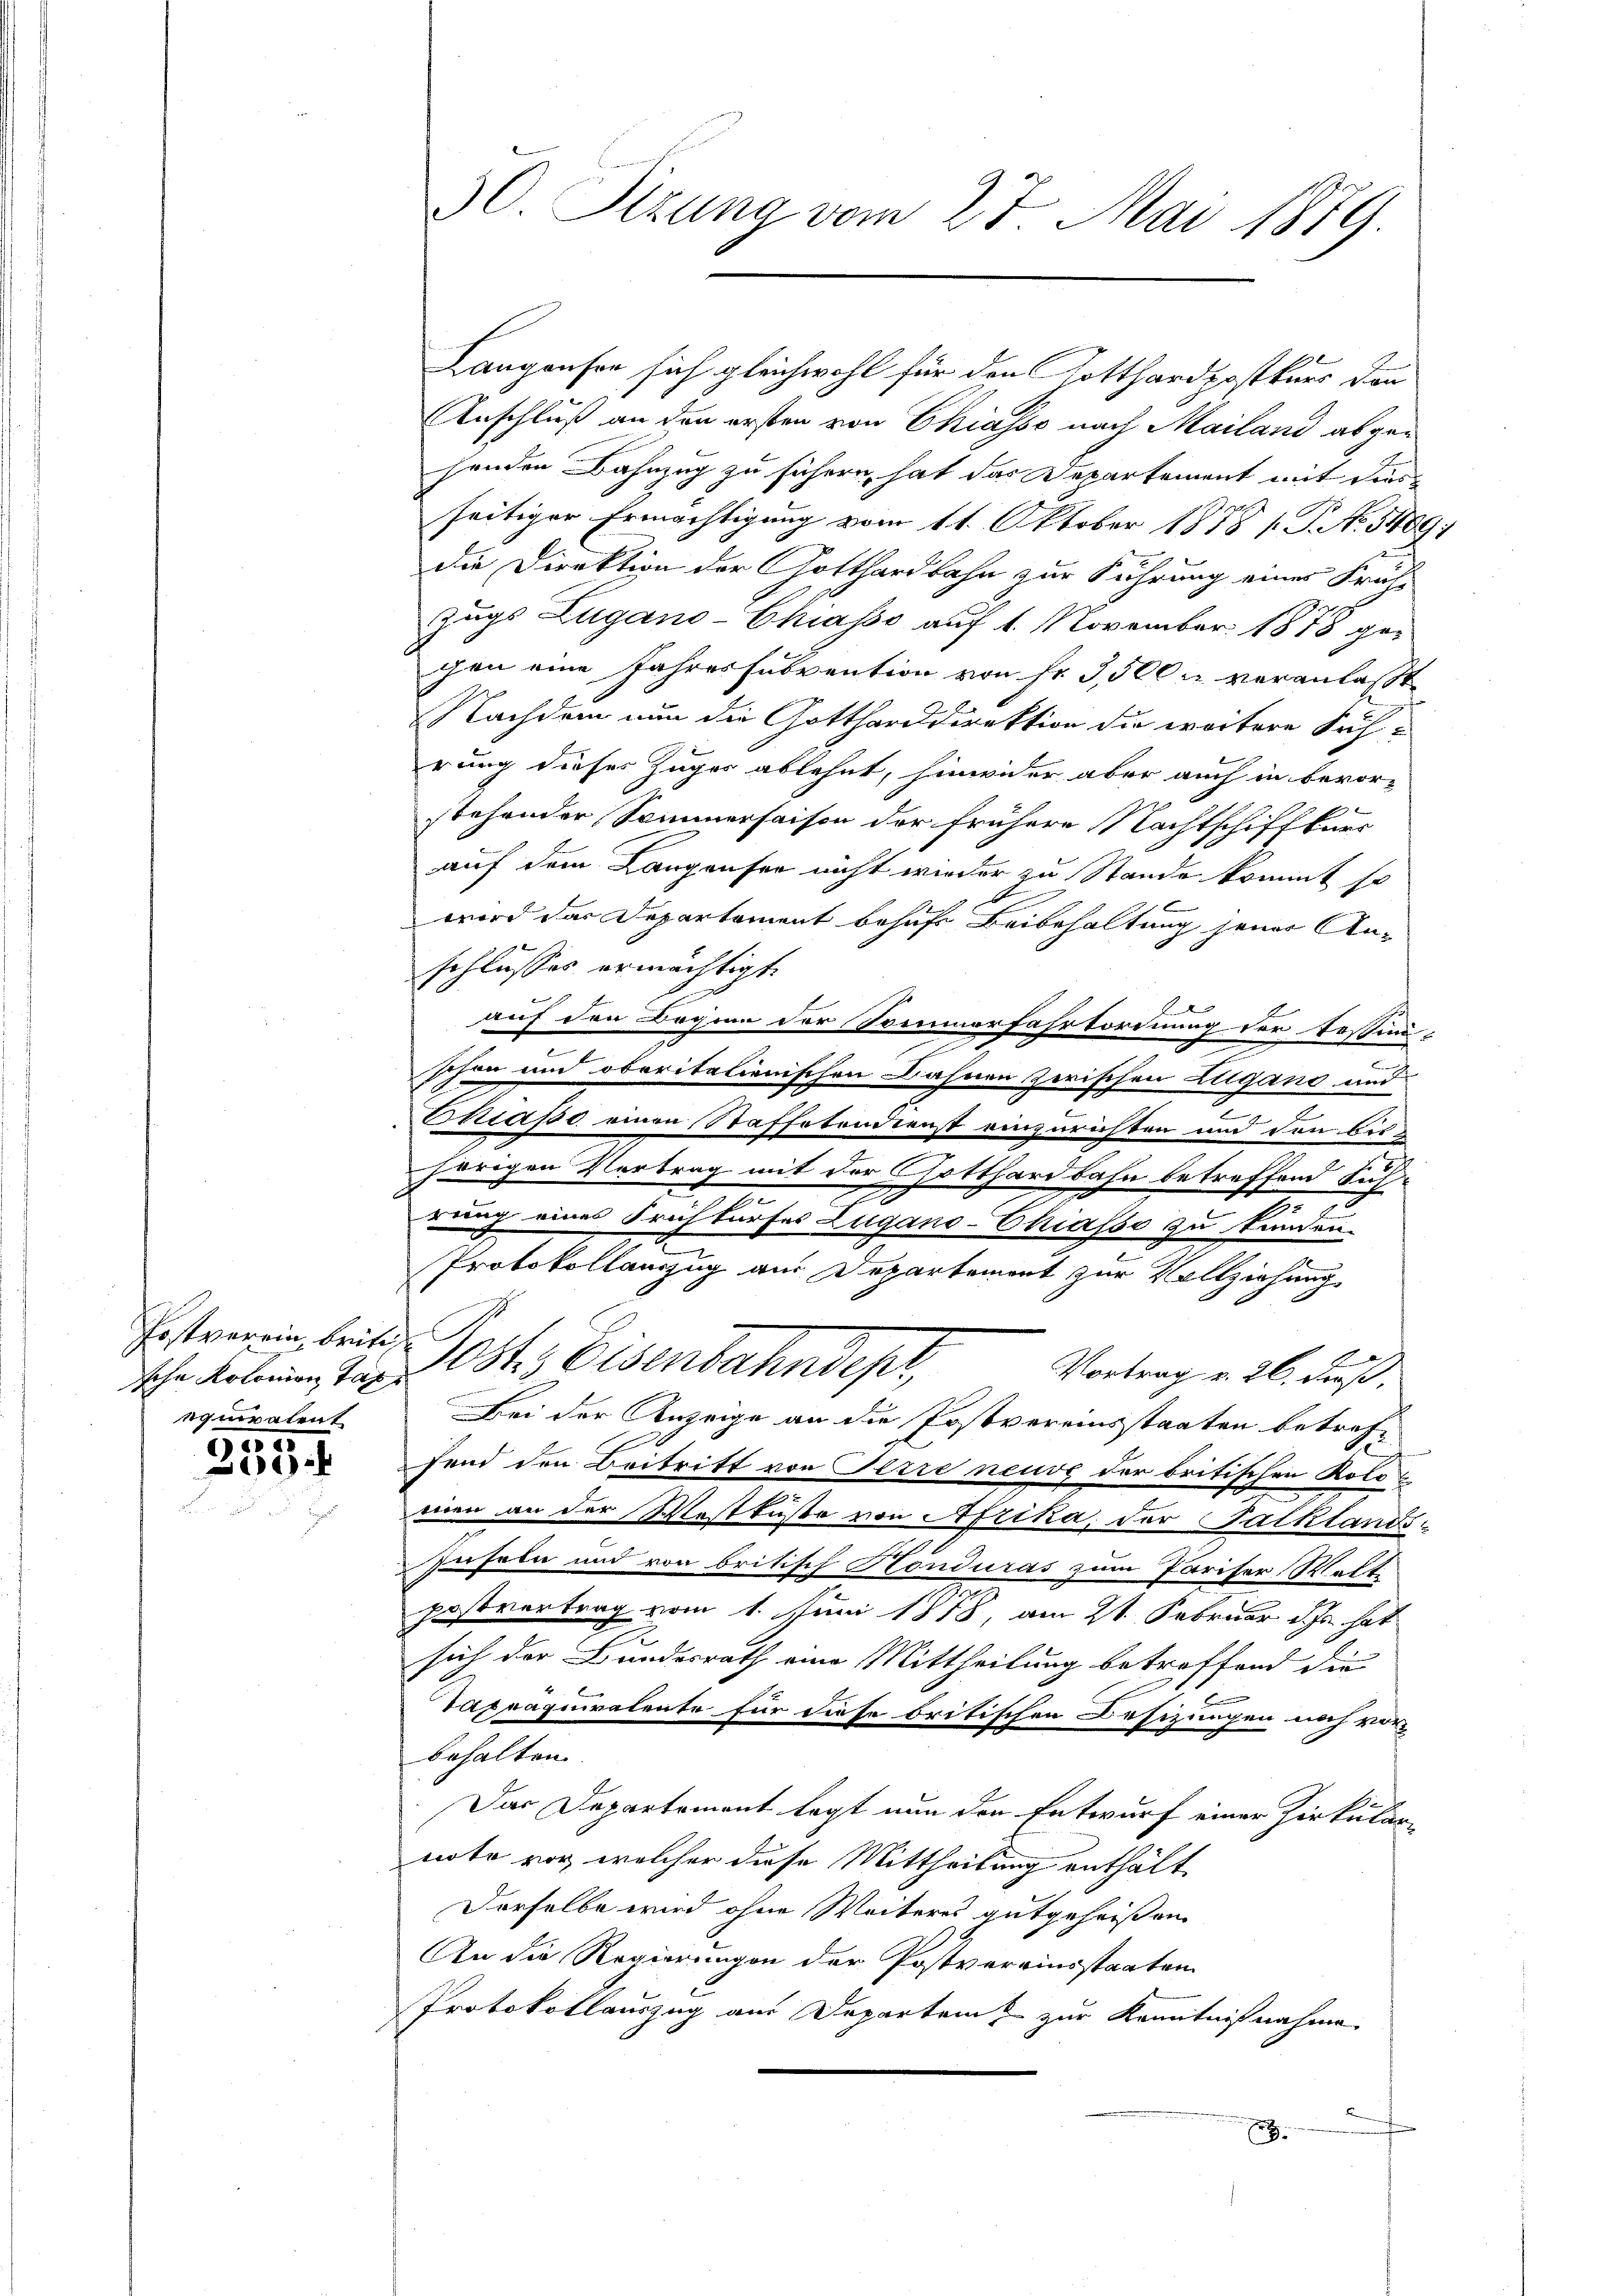
Erstverein, britiequiratent

55.
300.

30. Sitzung vom 27. Mai 1879.

Anschluß an den ersten von Chiasso nach Mailand abgehenden Bahnzug zu führen, hat das Departement mit dies
seitiger Ermächtigung vom 11. Oktober 1888 s. P. No. 3409;
die Direktion der Gotthardbahn zur Führung einer Frei-
Zugs Lugano-Chiasso auf 1. November 1878 gechen eine Jahressubvention von fr. 3,500 u veranlaßt
Nachdem nun die Gottharddirektion die weitere Sich-
rung dieser Zuges ablehnt, hinwider aber auch in bevor-
stehender Sommerhaisen der frühere Nachtschiffkurs
auf dem Langenser nicht wieder zu Stande kommt so
wird das Departement behufs Beibehaltung jener Anschlusses ermächtigt.
1
auf den Beginn der Sommerfahrtordnung der Festi-
g
.
schon und oberitalienischen Bahnen zerischen Zugano und
Thiapo einen Staffetendienst einzurichten und den bishörigen Vertrag mit der Gotthardbahn betreffend Fuhr¬
7
rung eines Frühkurses Zugano-Chiasso zu tunden.
Protokollauszug am Departement zur Vollziehung
sche Kolonen Tag lt. Eisenbahndept,
Vortrag v. 26. Fuß.
Bei der Anzeige an die Postvereinsstaaten betrefx
fend den Beitritt von Herre neuve der britischen Kolomen an der Westküste von Afrika, der Falklandsd
Juseln und von britisch Honduras zum Pariser Walt
postvertrag vom 1. Juni 1878, am 21. Februar d. Js. hat
sich der Bundesrath eine Mittheilung betroffend die
Tapraquiratente für diese britischen Besitzungen noch vor
behalten.
Das Departement legt nun den Entwurf einer Zirkular-
note vor, welcher diese Mittheilung enthält.
Derselbe wird ohne Weiteres gutgeheißen
An die Regierungen der Postvereinsstaaten
Protokollauszug aus Departei zur Kenntnißnahme
.

Langaufen sich gleichwohl für den Gotthardpostkurs den